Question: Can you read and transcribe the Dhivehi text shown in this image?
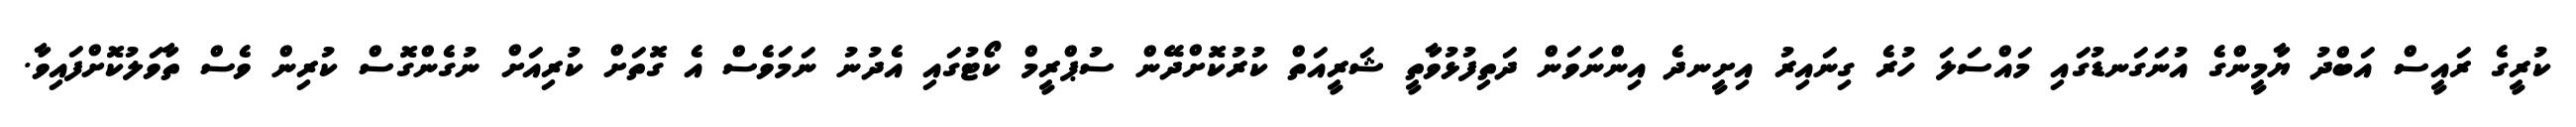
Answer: ކުރީގެ ރައީސް އަބްދު ޔާމީންގެ އުނަގަނޑުގައި މައްސަލަ ހުރެ ގިނައިރު އިށީނދެ އިންނަވަން ދަތިފުޅުވާތީ ޝަރީއަތް ކުރުކޮށްދޭން ސުޕްރީމް ކޯޓުގައި އެދުނު ނަމަވެސް އެ ގޮތަށް ކުރިއަށް ނުގެންގޮސް ކުރިން ވެސް ތާވަލުކޮށްފައިވާ.